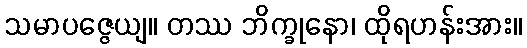
သမာပဇ္ဇေယျ။ တဿ ဘိက္ခုနော၊ ထိုရဟန်းအား။